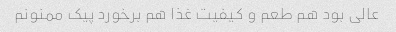
عالی بود هم طعم و کیفیت غذا هم برخورد پیک ممنونم